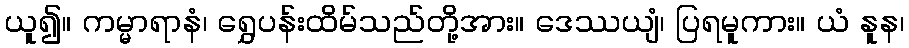
ယူ၍။ ကမ္မာရာနံ၊ ရွှေပန်းထိမ်သည်တို့အား။ ဒေဿယျံ၊ ပြရမူကား။ ယံ နူန၊